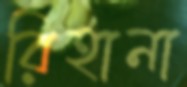
রিহানা